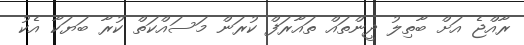
ރާއްޖެ އަށް ބާތިލު ދީންތައް ތައާރަފް ކުރަން މަސައްކަތް ކުރާ ބަޔަކާ އެކު